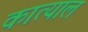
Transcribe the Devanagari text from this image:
कात्याल